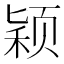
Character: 颖